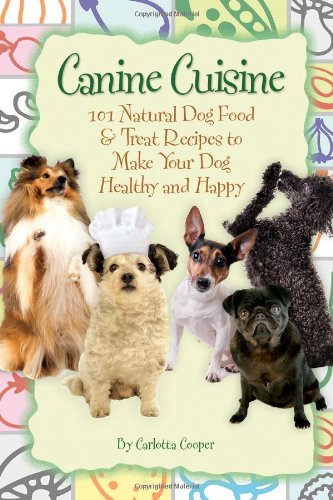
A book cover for Canine Cuisine: 101 Natural Dog Food & Treat Recipes to Make Your Dog Healthy and Happy (Back-To-Basics); Carlotta Cooper; Crafts, Hobbies & Home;